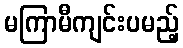
မကြာမီကျင်းပမည့်